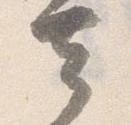
去